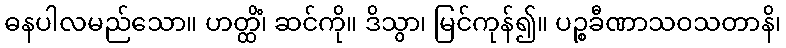
ဓနပါလမည်သော။ ဟတ္ထိံ၊ ဆင်ကို။ ဒိသွာ၊ မြင်ကုန်၍။ ပဉ္စခီဏာသဝသတာနိ၊